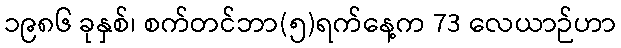
၁၉၈၆ ခုနှစ်၊ စက်တင်ဘာ(၅)ရက်နေ့က 73 လေယာဉ်ဟာ